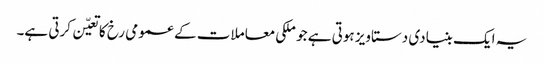
یہ ایک بنیادی دستاویز ہوتی ہے جو ملکی معاملات کے عمومی رخ کا تعیّن کرتی ہے۔